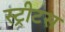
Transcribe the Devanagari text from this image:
स्ट्रीटस